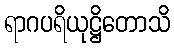
ရာဂပရိယုဋ္ဌိတောသိ